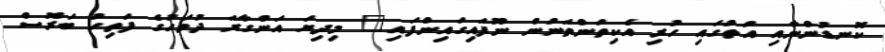
ކޮނޑުންނާއި އަތުގައި ހުރި އެކިތަންތަނުން ނޫފައިގައިންފައި" މިދިޔަ އަންގާރަ ދުވަހުގެ ފަތިހު ބަރޮސް